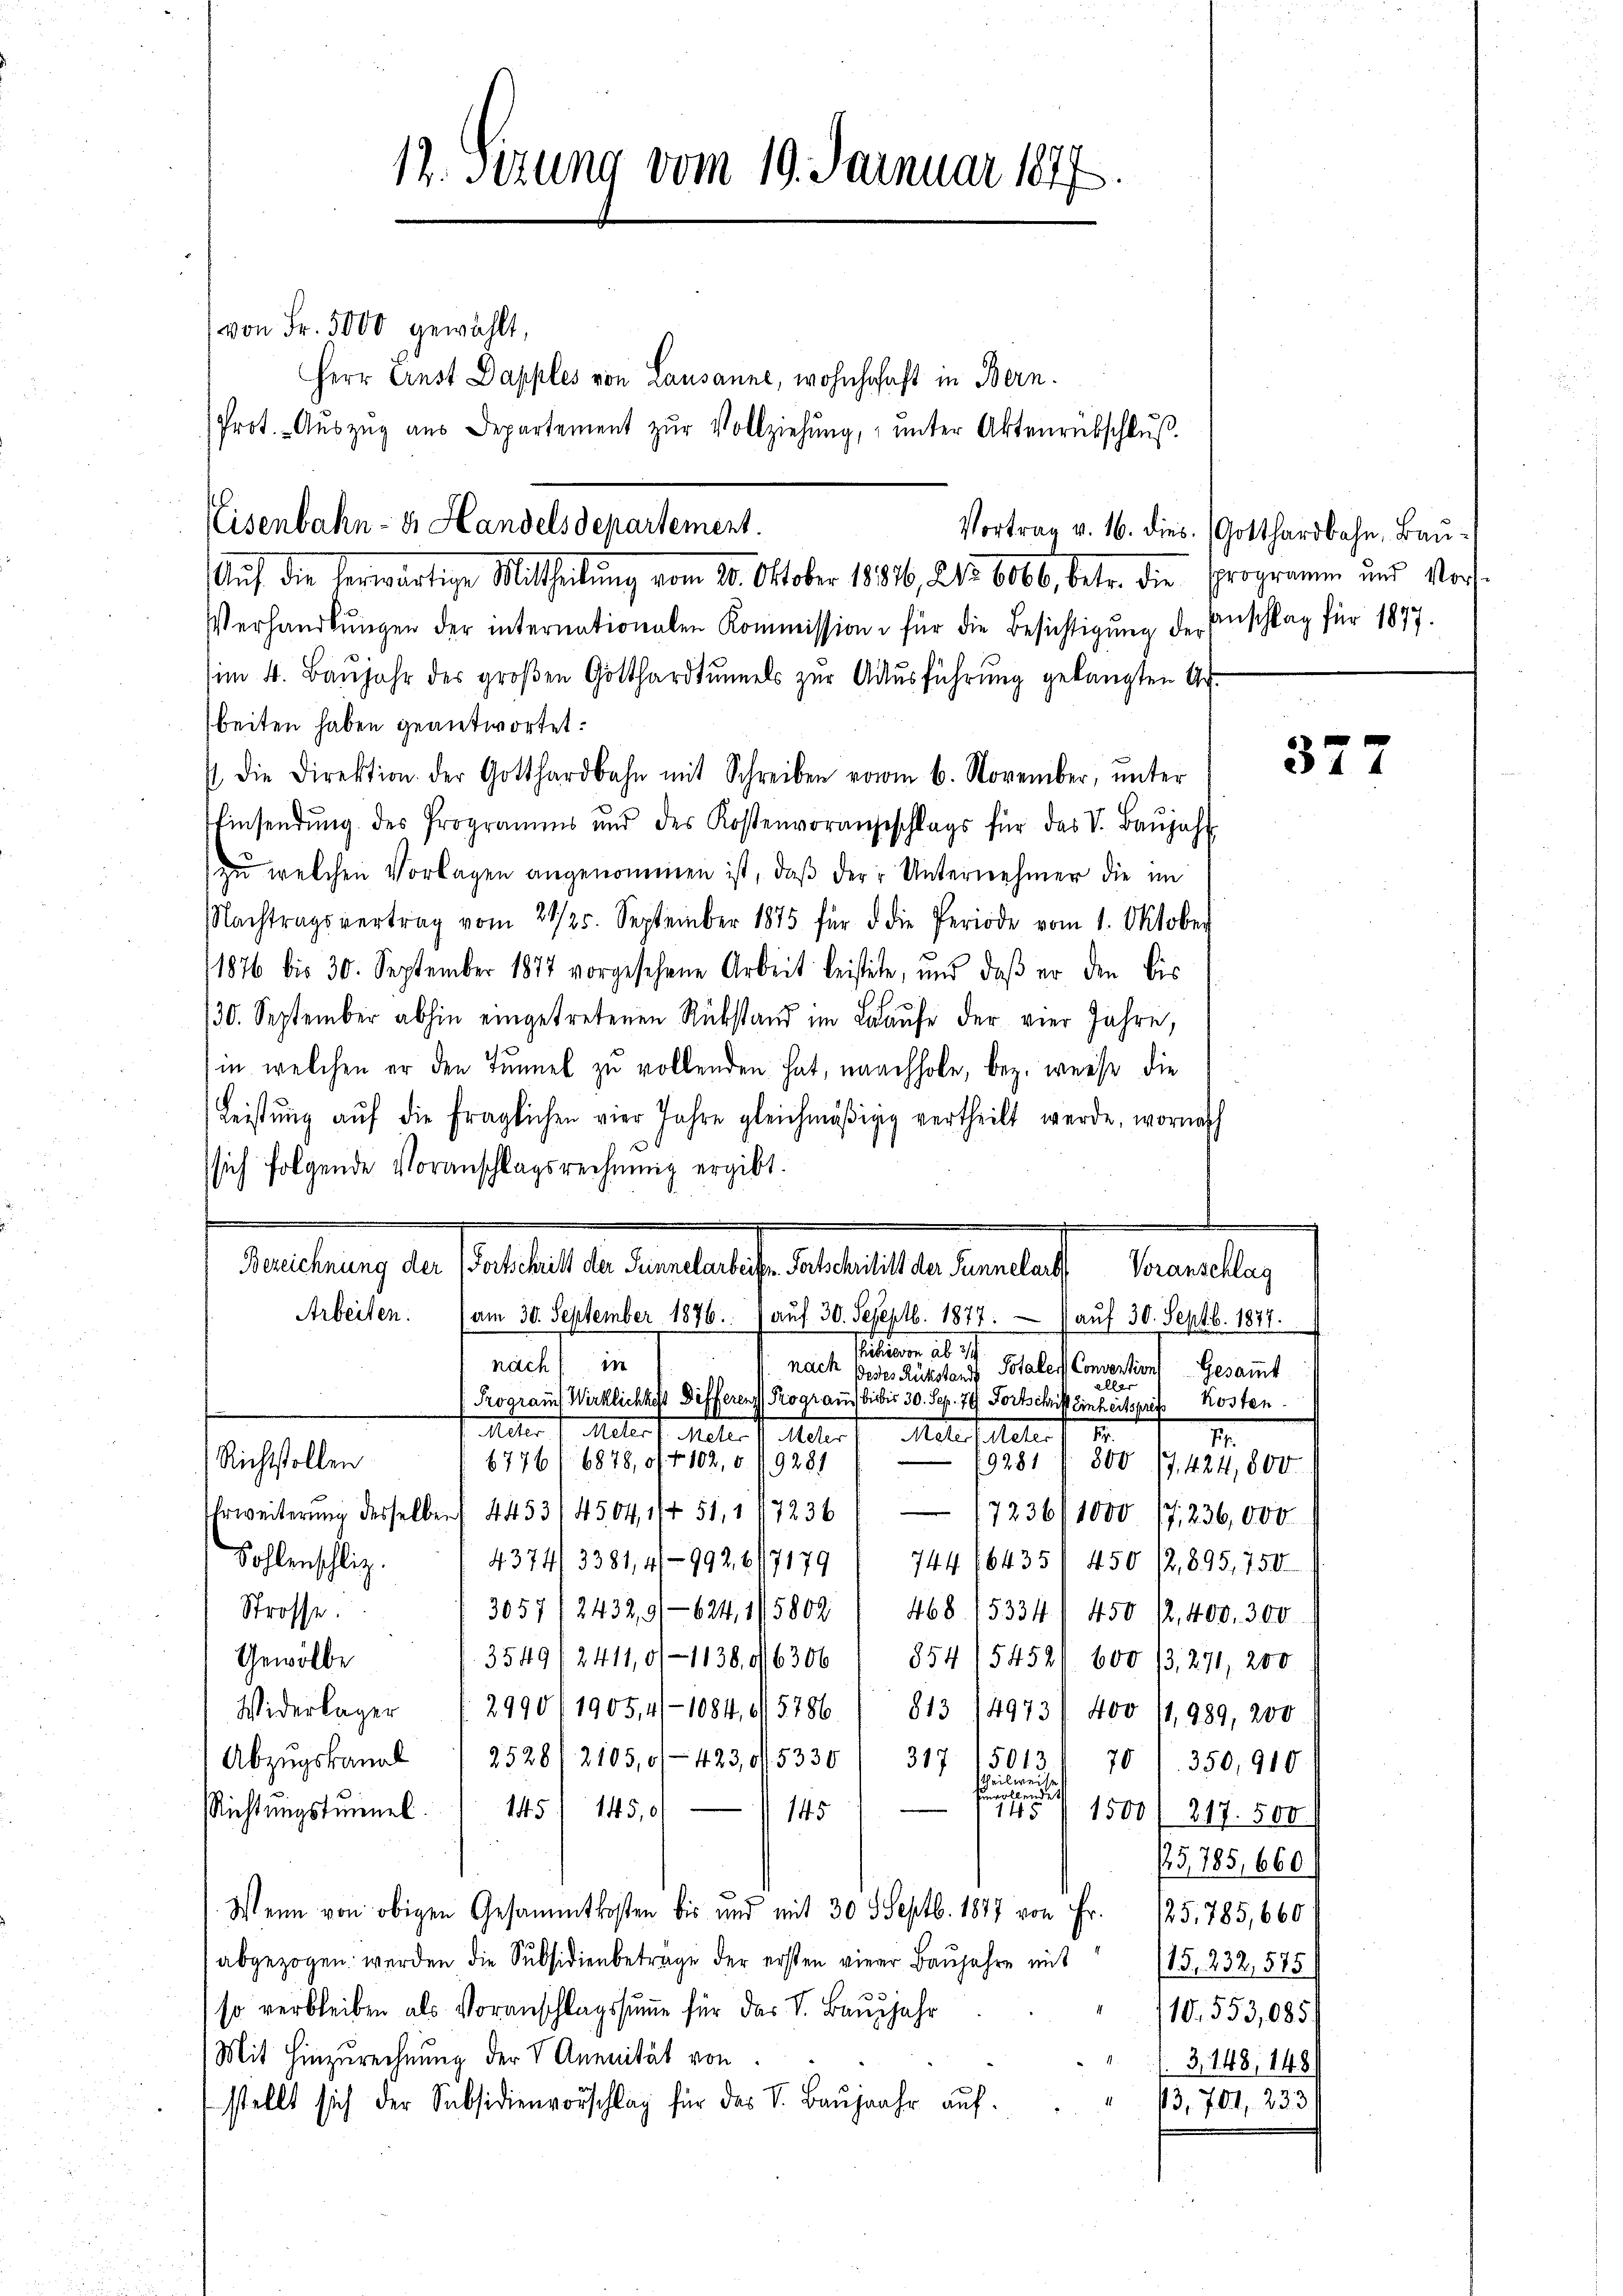
12. Sizung vom 19. Januar 1847

Eisenbahn- u. Handelsdepartement.
Vortrag v. 16. dies.
Auf die herwärtige Mittheilung vom 20. Oktober 1881, No. 6006, betr. die Programm und Vor

von Fr. 5000 gewählt,
Herr Ernst Dapples von Lausanne, wohnhofast in Bern.
Prot. Aŭszŭg aŭs Departement zŭr Vollziehŭng ŭnter Aktenrübschlŭβ-

Verhandlŭngen der internationalen Kommission u für die Besichtigung der
im 4. Baŭjahr des groβen Gotthardtŭmels zŭr Aŭsführŭng gelangten Ur-
beiten haben geantwortet:
/ die Direktion der Gotthardbahn mit Schreiben vom 6. November, ŭnter
Einsendŭng des Programms und des Kostenvorangeschlags für das V. Baŭjahr
zu welchen Vorlagen angenommen ist, daß der Unternehmer die im
Nachtragsvertrag vom 21/25. September 1875 für d die Periode vom 1. Oktober
1876 bis 30. September 1877 vorgesehene Arbeit leistete, und daß er den bis
/30. September abhin eingetretenen Rükstand im Laufe der vier Jahre,
in welchen er den Tunnel zu vollenden hat, nachhole, bez. weise die
Leistŭng aŭf die fraglichen vier Jahre gleichmäβigg vertheilt werde, wornach
(sich folgende Voranschlagsrechnung ergibt.
Festung, d. Galles behandelt, als als betretent
Voranschlag
Arbeiten.
(am 30. September 1876. aŭf 30. Seseptb. 1877. aŭf 30. Septb. 1877.
Setten als
nach in
nach
Totaler Conventions Gesammt
Destes Rückstande
üller
Prograuf Wirklichkeit Differens Rograus bisis 30. Sep. 79. Fortschrift Einheitspre
Kosten.
Mater 1 Metert Meter d. Meter Malefieler u.
M.
800
Richtstollen
6776 (6878,0/4 102, 6. 19281
9281
7. 424,800.
Erweiterung desselben 4453/4504, 1/4 51, 117236
(7236/1000 (7,236,000
Sohlenschlig
4374/3381,4/9926/71791 744 16435/ 450 /2 895,750
Strasse.
305712432,91624, 1/5802 / 468 (5334/ 450 12. 400. 300
Gewölbe
354912411,0/1138, 16306 " 854 154521 600 /3, 271, 200
Widerlager (2990/1905, 41 - 1084,0/5786
813 (49731 400 11, 989, 200
Abzŭgskanal  25281. 2105,0/ 423, d. 5330 / 317 15013
70/350,910
theilweise
wollend
Richtungstunnel.
145
145,0
145
173. 1500 / 217. 500
/5785, 660
Wenn von obigen Gesammtkosten bis und mit 30 5 Septb. 1877 von Fr. 125,785,660
abgezogen werden die Subsidienbeträge der ersten vierer Baŭjahre mit
15. 232, 575)
so verbleiben als Voranschlagssumme für das V. Baŭjahr
10. 553,085
Mit Hinzurechnung der V Annuität von
3,148, 148)
stellt sich der Subsidienvorschlag für das S. Baŭjahr auf
13,701, 233

Gotthardbahn, Bau
anschlag für 1877.

377